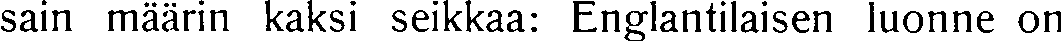
sain määrin kaksi seikkaa: Englantilaisen luonne on